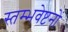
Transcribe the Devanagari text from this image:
स्तम्भवेष्टनों